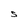
Character: S